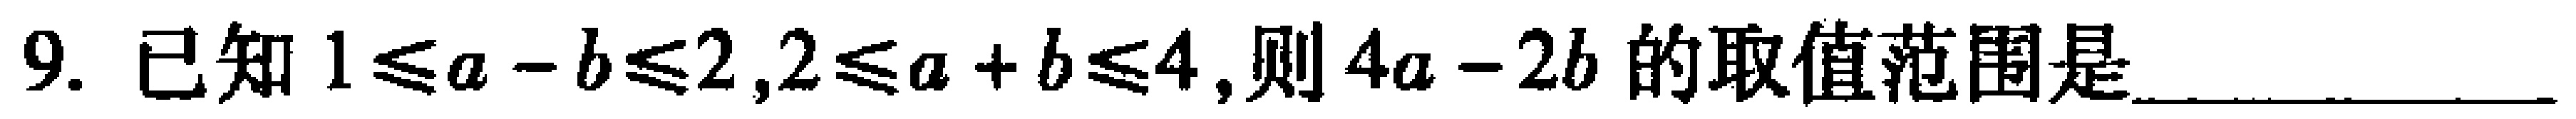
9. 已知\(1\leqslant a - b\leqslant 2,2\leqslant a + b\leqslant 4\),则\(4a - 2b\)的取值范围是________________